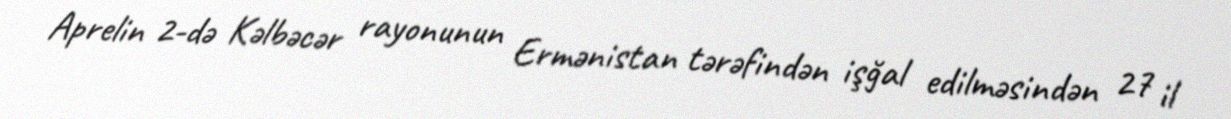
Aprelin 2-də Kəlbəcər rayonunun Ermənistan tərəfindən işğal edilməsindən 27 il